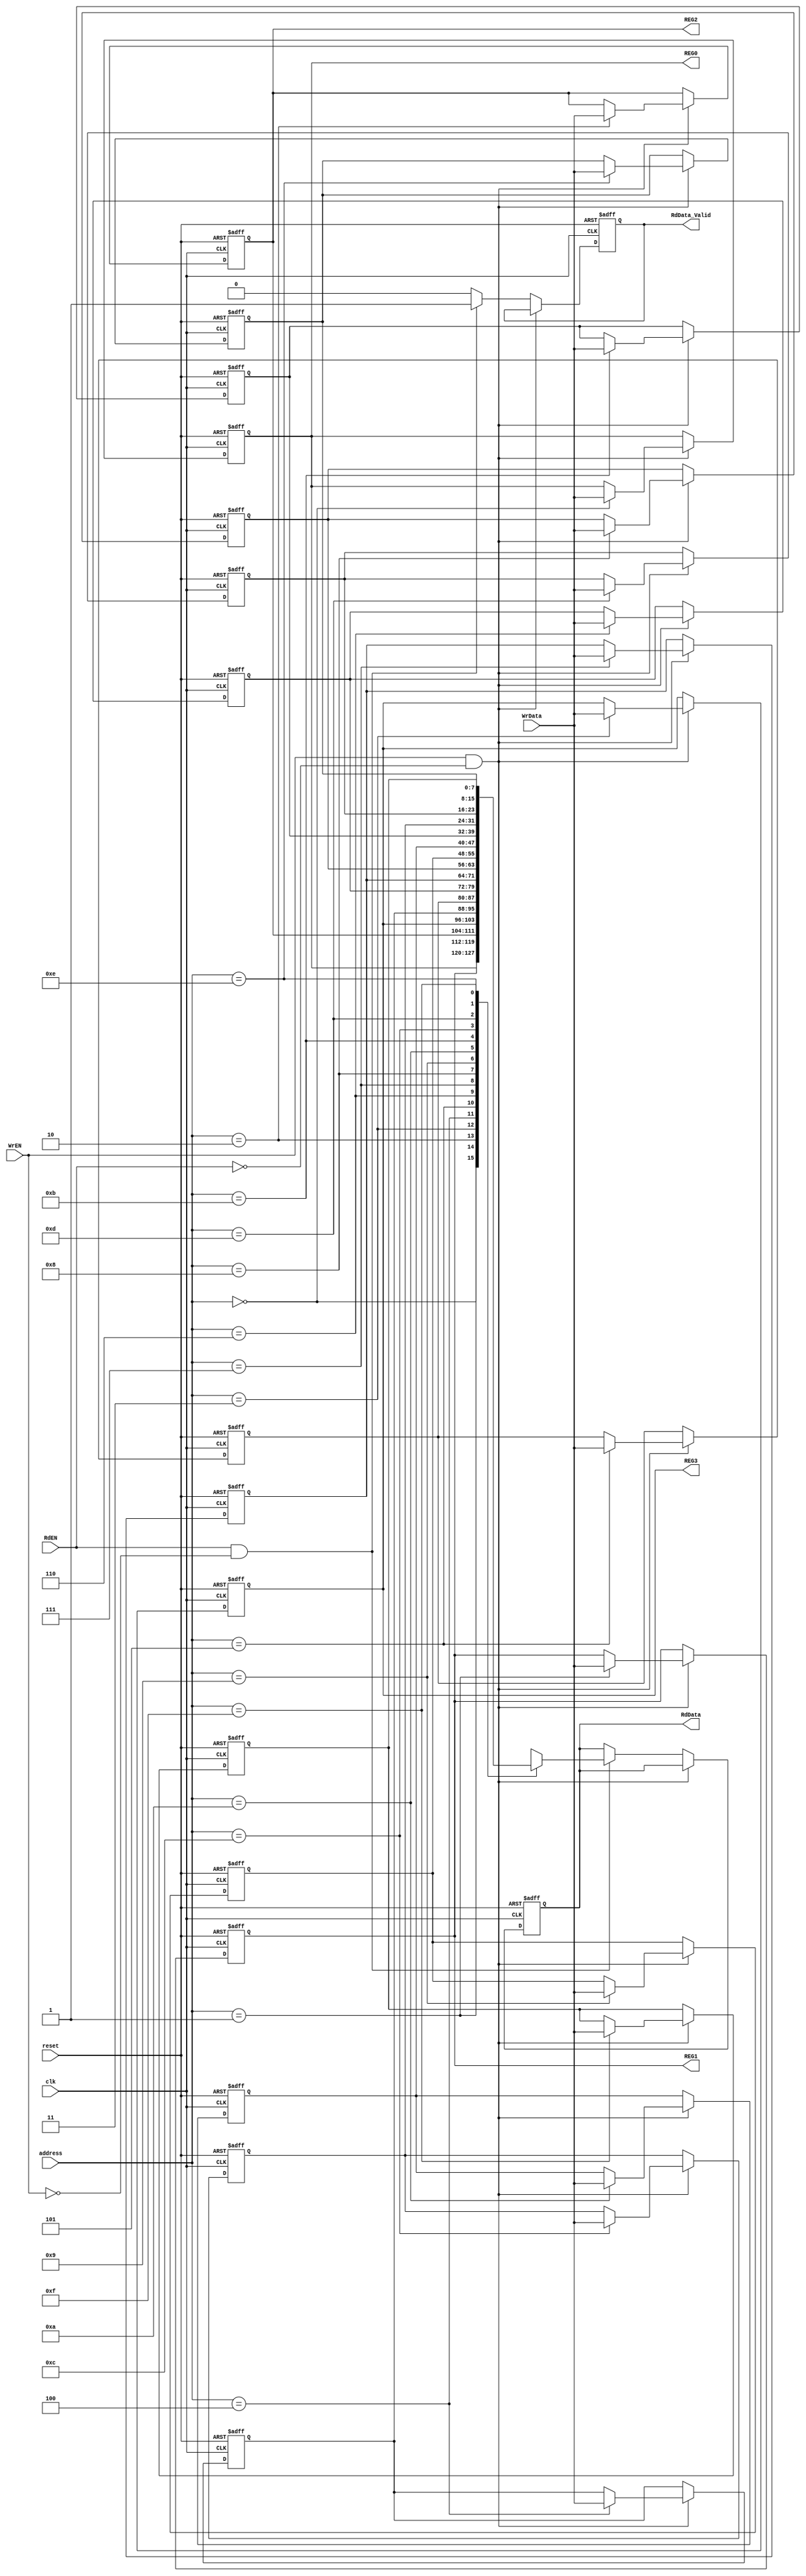
module reg_file #(
    parameter DATA_WIDTH=8,
    REG_NO=16
) (
    input RdEN,WrEN,
    input [DATA_WIDTH-1:0] WrData,
    input [3:0] address,

    input clk,
    input reset,
    
    output reg RdData_Valid,
    output reg [DATA_WIDTH-1:0] RdData, 
    output     [DATA_WIDTH-1:0] REG0, REG1, REG2, REG3
);

reg [DATA_WIDTH-1:0] reg_bank [REG_NO-1:0];


integer i;



always @(posedge clk or negedge reset) 
begin
    if(!reset)
    begin
        RdData<=0;
        RdData_Valid<=0;

        reg_bank[2] <='b0_01000_0_1; //even_parity is the default  
        reg_bank[3] <='b0000_1000;
         
        for (i = 0; i <= REG_NO-1; i = i + 1) 
         begin     
            if(i != 2 && i != 3)
            begin
                reg_bank[i] <= 0;
            end
         end
    end

    else
    begin

        if(WrEN==1 && RdEN!=1)
          reg_bank[address]<=WrData;

        else if(RdEN==1 && WrEN!=1)
        begin
            RdData<=reg_bank[address];
            RdData_Valid <= 1;
        end

        else
        begin
            RdData_Valid <= 0;
        end
        
    end

end

assign REG0 =  reg_bank[0];// to ALU
assign REG1 =  reg_bank[1];// to ALU
assign REG2 =  reg_bank[2];// to UART
assign REG3 =  reg_bank[3];// to clk_div


endmodule